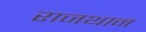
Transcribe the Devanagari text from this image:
राजथान